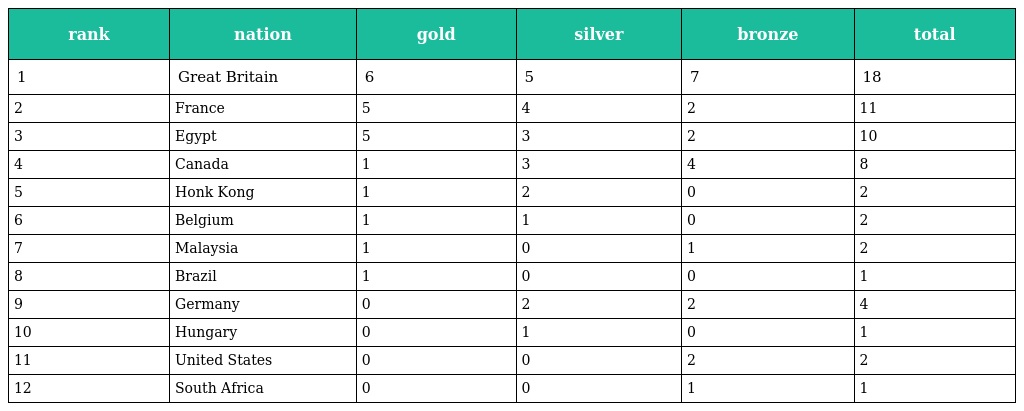
| rank | nation | gold | silver | bronze | total |
 | --- | --- | --- | --- | --- | --- |
 | 1 | Great Britain | 6 | 5 | 7 | 18 |
 | 2 | France | 5 | 4 | 2 | 11 |
 | 3 | Egypt | 5 | 3 | 2 | 10 |
 | 4 | Canada | 1 | 3 | 4 | 8 |
 | 5 | Honk Kong | 1 | 2 | 0 | 2 |
 | 6 | Belgium | 1 | 1 | 0 | 2 |
 | 7 | Malaysia | 1 | 0 | 1 | 2 |
 | 8 | Brazil | 1 | 0 | 0 | 1 |
 | 9 | Germany | 0 | 2 | 2 | 4 |
 | 10 | Hungary | 0 | 1 | 0 | 1 |
 | 11 | United States | 0 | 0 | 2 | 2 |
 | 12 | South Africa | 0 | 0 | 1 | 1 |